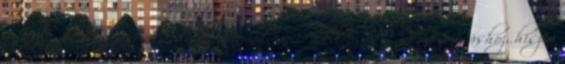
tényezővel: Egyértelműen több motiváció kell az otthoni mozgáshoz, hiszen